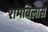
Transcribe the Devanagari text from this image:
रामबिलास